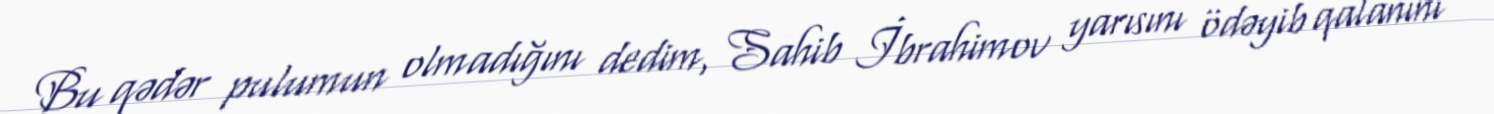
Bu qədər pulumun olmadığını dedim, Sahib İbrahimov yarısını ödəyib qalanını